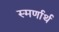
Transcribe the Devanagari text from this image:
स्मर्णार्थ